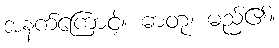
အနက်ကြောင့်။ ဓာတု၊ မည်၏။